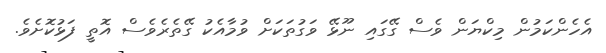
އެހެންކަމުން މިކްޔަން ވެސް ގޭގައި ނޫޅޭ ވަގުތަކަށް ވުމާއެކު ގޭތެރެވެސް އޮތީ ފަޅުކޮށެވެ.